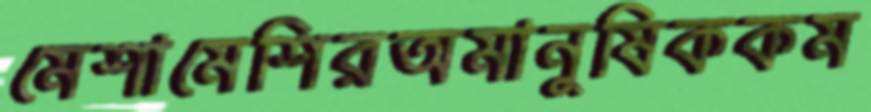
মেশামেশিরঅমানুষিককম